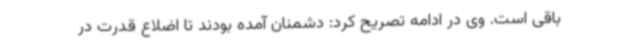
باقی است. وی در ادامه تصریح کرد: دشمنان آمده بودند تا اضلاع قدرت در